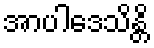
အာပါဒေသိန္တိ